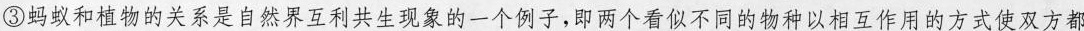
③蚂蚁和植物的关系是自然界互利共生现象的一个例子，即两个看似不同的物种以相互作用的方式使双方都